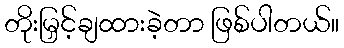
တိုးမြှင့်ချထားခဲ့တာ ဖြစ်ပါတယ်။